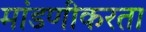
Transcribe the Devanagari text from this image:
मांडणीकरता